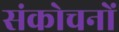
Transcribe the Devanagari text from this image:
संकोचनों